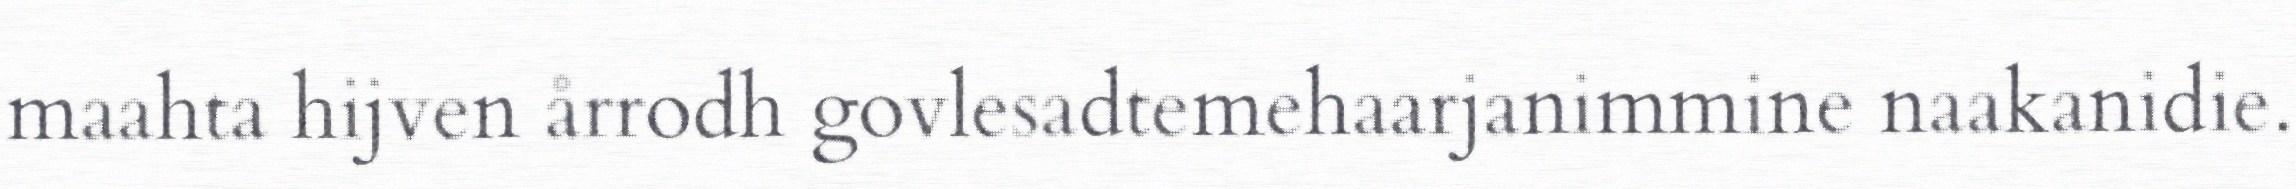
maahta hijven årrodh govlesadtemehaarjanimmine naakanidie.